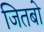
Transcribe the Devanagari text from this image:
जितबो